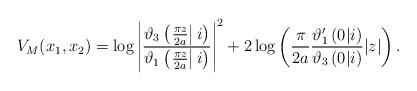
LaTeX: \begin{align*}V_{M}(x_{1},x_{2})=\log \left|\dfrac{\vartheta_{3}\left( \left.\frac{\pi z}{2a} \right| i\right)}{\vartheta_{1}\left( \left.\frac{\pi z}{2a}\right| i\right)}\right|^{2}+2 \log \left( \dfrac{\pi}{2a}\dfrac{\vartheta'_{1}\left( 0 \vert i\right)}{\vartheta_{3}\left( 0 \vert i\right)}\vert z\vert\right) .\end{align*}